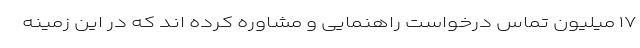
۱۷ میلیون تماس درخواست راهنمایی و مشاوره کرده اند که در این زمینه